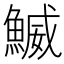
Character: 鰄